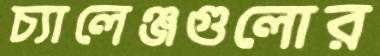
চ্যালেঞ্জগুলোর